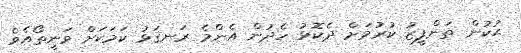
ޙުކުން ތަންފީޒު ކުރުމަށް ދެކޮޅު ހެދުން އެންމެ ރަނގަޅު ކަމަކަށް ވަނީތޯއެވެ